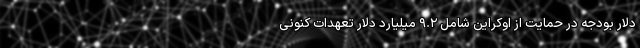
دلار بودجه در حمایت از اوکراین شامل ۹.۲ میلیارد دلار تعهدات کنونی